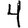
Digit: 4